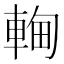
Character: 䡘